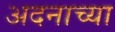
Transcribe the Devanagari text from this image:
अदनाच्या